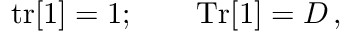
\mathrm { t r } [ 1 ] = 1 ; \qquad \mathrm { T r } [ 1 ] = D \, ,